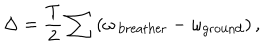
LaTeX: \Delta = \frac { T } { 2 } \sum \left( \omega _ { \mathrm { \, b r e a t h e r } } - \omega _ { \mathrm { g r o u n d } } \right) ,